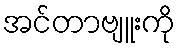
အင်တာဗျူးကို